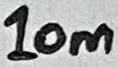
Text: 10m